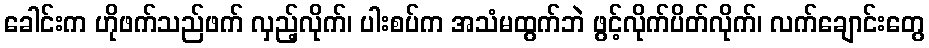
ခေါင်းက ဟိုဖက်သည်ဖက် လှည့်လိုက်၊ ပါးစပ်က အသံမထွက်ဘဲ ဖွင့်လိုက်ပိတ်လိုက်၊ လက်ချောင်းတွေ